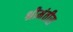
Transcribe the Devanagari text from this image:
श्रीमंतीस